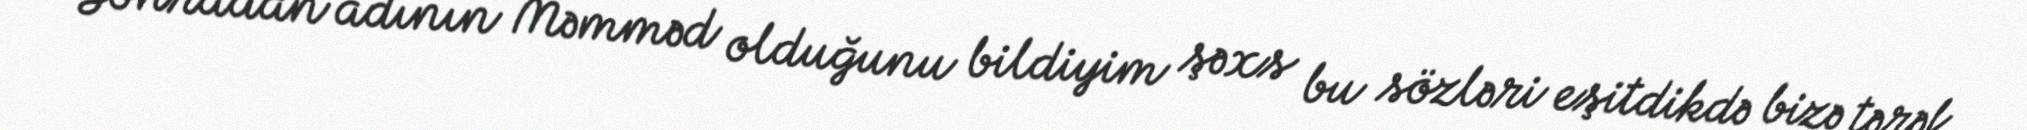
Sonradan adının Məmməd olduğunu bildiyim şəxs bu sözləri eşitdikdə bizə tərəf